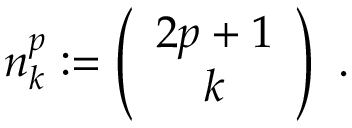
n _ { k } ^ { p } : = \left( \begin{array} { c } { { 2 p + 1 } } \\ { { k } } \end{array} \right) \ .